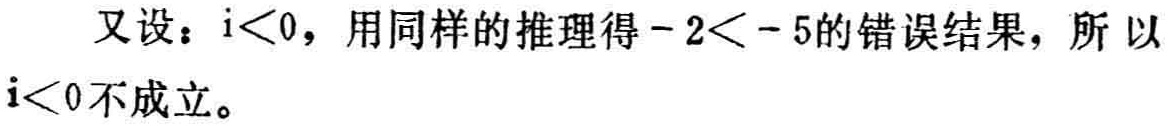
又设：\(i<0\)，用同样的推理得\(-2 < -5\)的错误结果，所 以\(i<0\)不成立。